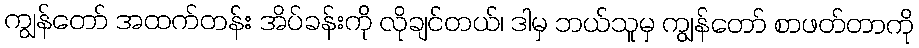
ကျွန်တော် အထက်တန်း အိပ်ခန်းကို လိုချင်တယ်၊ ဒါမှ ဘယ်သူမှ ကျွန်တော် စာဖတ်တာကို